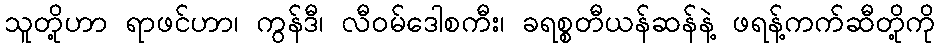
သူတို့ဟာ ရာဖင်ဟာ၊ ကွန်ဒီ၊ လီဝမ်ဒေါစကီး၊ ခရစ္စတီယန်ဆန်နဲ့ ဖရန့်ကက်ဆီတို့ကို